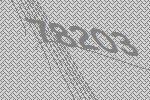
78203